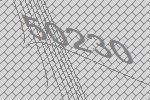
50230